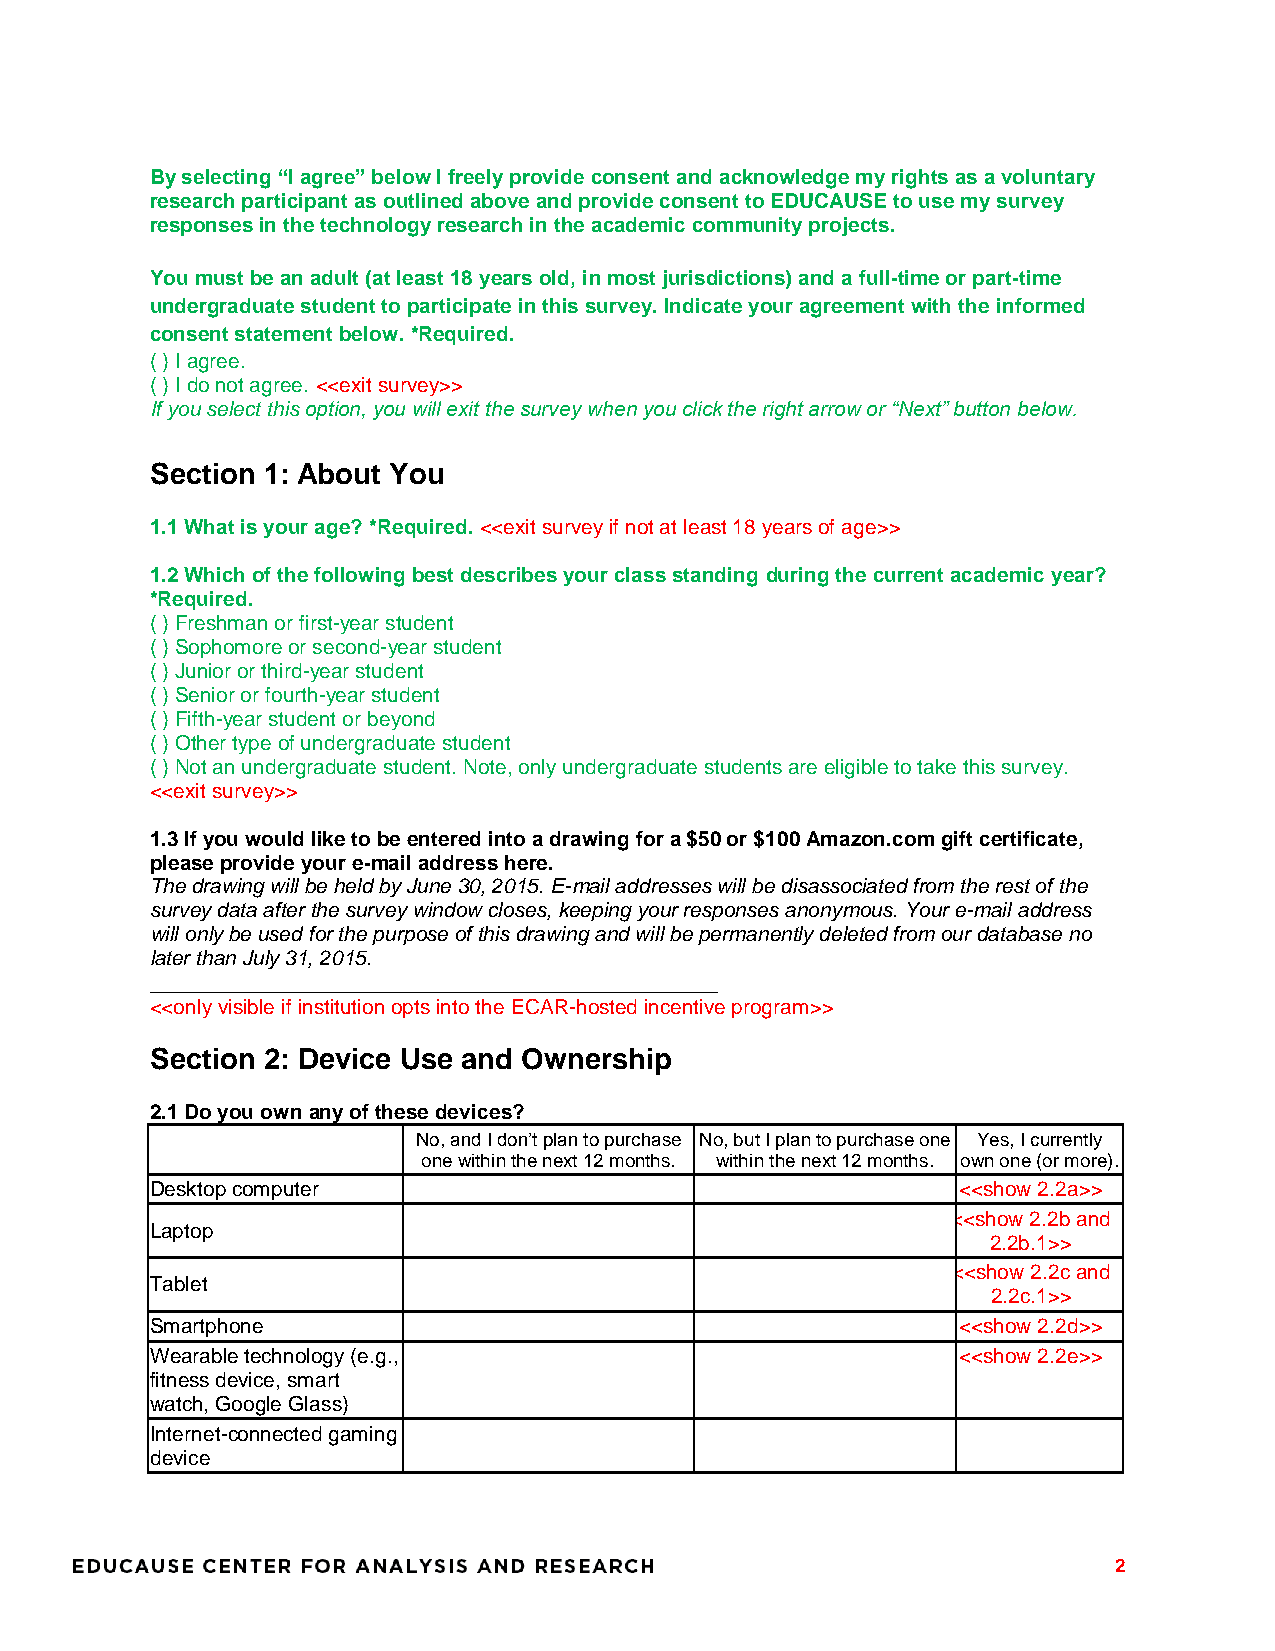
By selecting “I agree” below I freely provide consent and acknowledge my rights as a voluntary
 research participant as outlined above and provide consent to EDUCAUSE to use my survey
 responses in the technology research in the academic community projects.
 You must be an adult (at least 18 years old, in most jurisdictions) and a full-time or part-time
 undergraduate student to participate in this survey. Indicate your agreement with the informed
 consent statement below. *Required.
 ( ) I agree.
 ( ) I do not agree. <<exit survey>>
 If you select this option, you will exit the survey when you click the right arrow or “Next” button below.
 Section 1: About You
 1.1 What is your age? *Required. <<exit survey if not at least 18 years of age>>
 1.2 Which of the following best describes your class standing during the current academic year?
 *Required.
 ( ) Freshman or first-year student
 ( ) Sophomore or second-year student
 ( ) Junior or third-year student
 ( ) Senior or fourth-year student
 ( ) Fifth-year student or beyond
 ( ) Other type of undergraduate student
 ( ) Not an undergraduate student. Note, only undergraduate students are eligible to take this survey.
 <<exit survey>>
 1.3 If you would like to be entered into a drawing for a $50 or $100 Amazon.com gift certificate,
 please provide your e-mail address here.
 The drawing will be held by June 30, 2015. E-mail addresses will be disassociated from the rest of the
 survey data after the survey window closes, keeping your responses anonymous. Your e-mail address
 will only be used for the purpose of this drawing and will be permanently deleted from our database no
 later than July 31, 2015.
 _________________________________________________
 <<only visible if institution opts into the ECAR-hosted incentive program>>
 Section 2: Device Use and Ownership
 2.1 Do you own any of these devices?
 No, and I don’t plan to purchase No, but I plan to purchase one Yes, I currently
 one within the next 12 months. within the next 12 months. own one (or more).
 Desktop computer                                      <<show 2.2a>>
 <<show 2.2b and
 Laptop
 2.2b.1>>
 <<show 2.2c and
 Tablet
 2.2c.1>>
 Smartphone                                            <<show 2.2d>>
 Wearable technology (e.g.,                            <<show 2.2e>>
 fitness device, smart
 watch, Google Glass)
 Internet-connected gaming
 device
 2